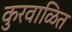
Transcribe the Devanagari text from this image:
कुरवाळित